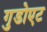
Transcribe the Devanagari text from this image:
गुडोएट